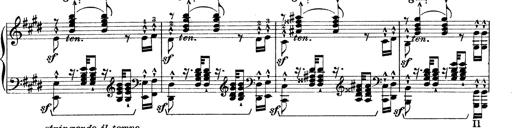
Title: Rapsodie: 19 ungheresi, 1 spagnuola
Composer: Franz Liszt